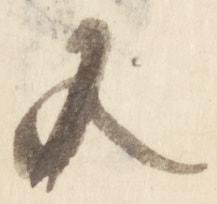
又